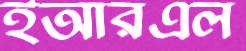
ইআরএল